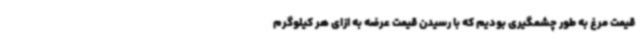
قیمت مرغ به طور چشمگیری بودیم که با رسیدن قیمت عرضه به ازای هر کیلوگرم